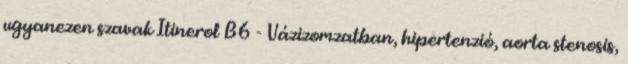
ugyanezen szavak Itinerol B6 - Vázizomzatban, hipertenzió, aorta stenosis,